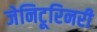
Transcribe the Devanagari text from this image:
जेनिटूरिनरी